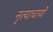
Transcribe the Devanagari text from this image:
नृत्याचार्यों